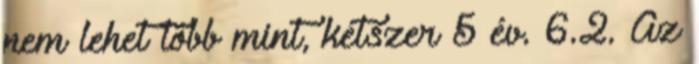
nem lehet több mint, kétszer 5 év. 6.2. Az